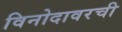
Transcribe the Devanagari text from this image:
विनोदावरची